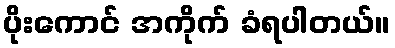
ပိုးကောင် အကိုက် ခံရပါတယ်။